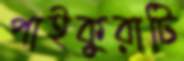
পাইকুরাটি